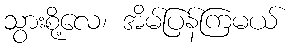
သွားစို့လေ၊ အိမ်ပြန်ကြမယ်